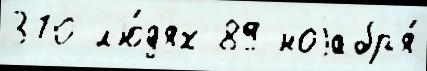
370 л'ю́д'ях 89 ноjабр'я́